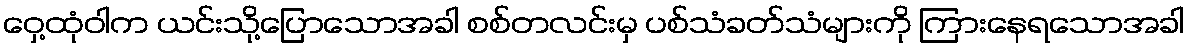
ဝှေ့ထုံဝါက ယင်းသို့ပြောသောအခါ စစ်တလင်းမှ ပစ်သံခတ်သံများကို ကြားနေရသောအခါ